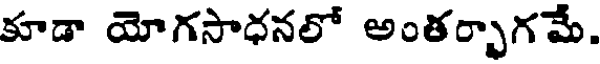
కూడా యోగసాధనలో అంతర్భాగమే.